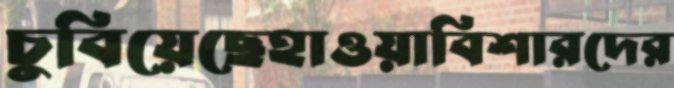
চুবিয়েছেহাওয়াবিশারদের